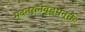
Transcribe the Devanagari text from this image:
मदनरत्नेवृद्धमनूक्तेः